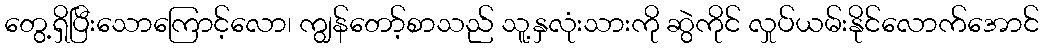
တွေ့ရှိပြီးသောကြောင့်လော၊ ကျွန်တော့်စာသည် သူ့နှလုံးသားကို ဆွဲကိုင် လှုပ်ယမ်းနိုင်လောက်အောင်